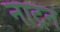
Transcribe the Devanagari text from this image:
नाट्रन